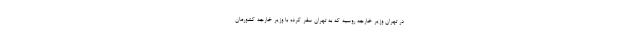
در تهران وزیر خارجه روسیه که به تهران سفر کرده با وزیر خارجه کشورمان